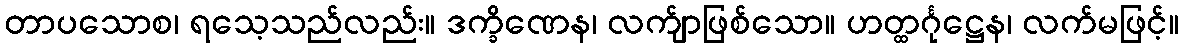
တာပသောစ၊ ရသေ့သည်လည်း။ ဒက္ခိဏေန၊ လက်ျာဖြစ်သော။ ဟတ္ထင်္ဂုဋ္ဌေန၊ လက်မဖြင့်။